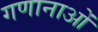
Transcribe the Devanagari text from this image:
गणानाओं